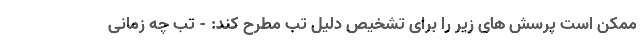
ممکن است پرسش های زیر را برای تشخیص دلیل تب مطرح کند: - تب چه زمانی